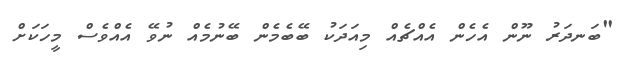
"ބަނދަރު ނޫން އެހެން އެއްޗެއް މިއަދަކު ބޭބެމެން ބޭނުމެއް ނުވޭ އެއްވެސް މީހަކަށް